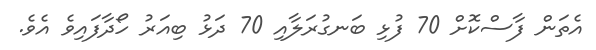
އެތަން ފާސްކޮށް 70 ފުޅި ބަނގުރަލާއި 70 ދަޅު ބިއަރު ހޯދާފައިވެ އެވެ.